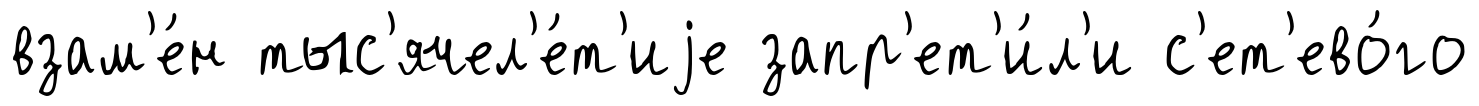
взам'е́н тыс'ячел'е́т'иjе запр'ет'и́л'и с'ет'ево́го